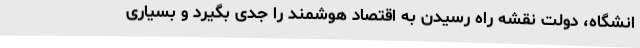
انشگاه، دولت نقشه راه رسیدن به اقتصاد هوشمند را جدی بگیرد و بسیاری